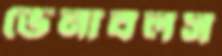
ভেনাবলস